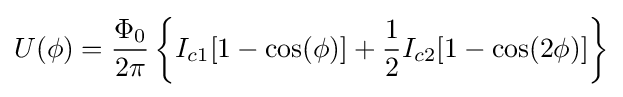
U(\phi )={\frac {\Phi _{0}}{2\pi }}\left\{I_{c1}[1-\cos(\phi )]+{\frac {1}{2}}I_{c2}[1-\cos(2\phi )]\right\}